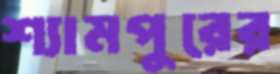
শ্যামপুরের